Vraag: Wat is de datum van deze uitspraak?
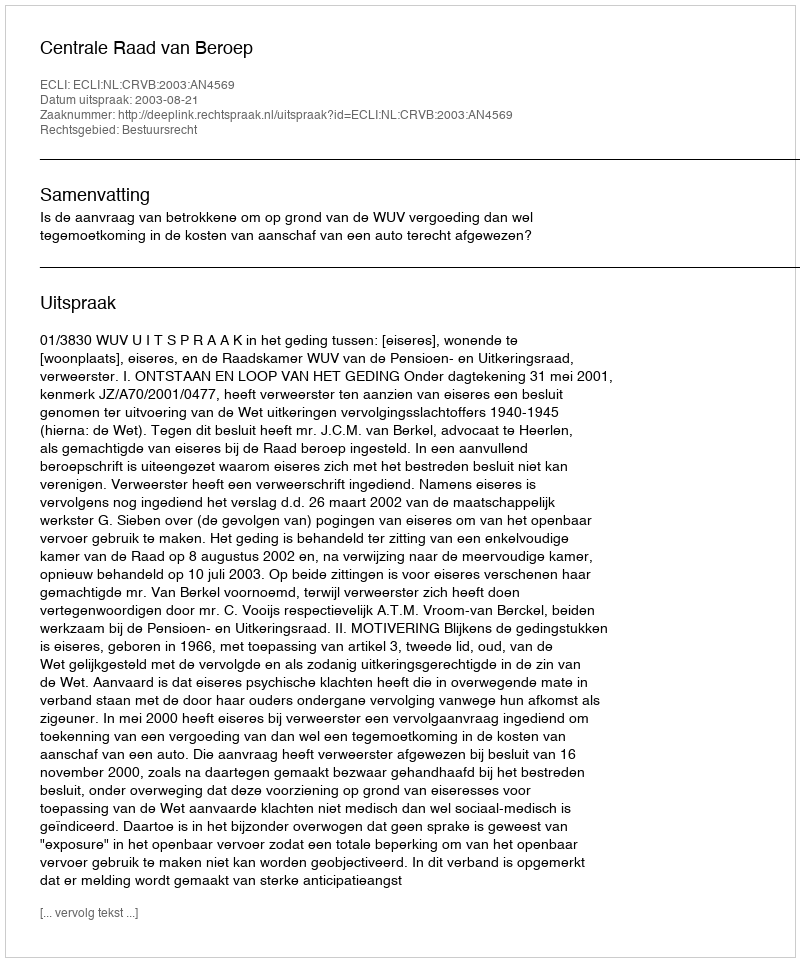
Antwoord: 2003-08-21